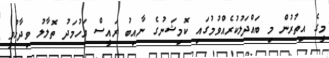
މީގެ އިތުރުން މި ބައްދަލުކުރެއްވުމުގައި ކޮމިޝަނުގެ ނާއިބު ރައީސް އަހުމަދު ތޮލާލު ވިދާޅުވީ